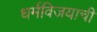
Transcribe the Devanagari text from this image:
धर्मविजयाची